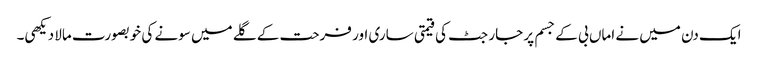
ایک دن میں نے اماں بی کے جسم پر جارجٹ کی قیمتی ساری اور فرحت کے گلے میں سونے کی خوبصورت مالا دیکھی۔